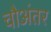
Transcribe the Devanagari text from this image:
चौअंतर